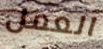
العمل